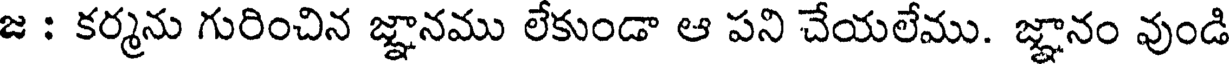
జ : కర్మను గురించిన జ్ఞానము లేకుండా ఆ పని చేయలేము. జ్ఞానం వుండి